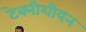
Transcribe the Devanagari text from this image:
टेक्नीशीयन